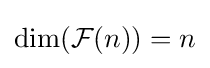
\dim({\mathcal {F}}(n))=n